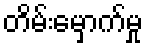
တိမ်းမှောက်မှု